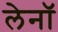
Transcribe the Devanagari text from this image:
लेनॉ